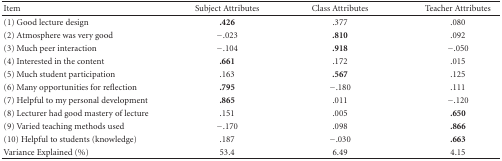
<table><thead><tr><td><b>Item</b></td><td><b>Subject Attributes</b></td><td><b>Class Attributes</b></td><td><b>Teacher Attributes</b></td></tr></thead><tbody><tr><td>(1) Good lecture design</td><td><b>.426</b></td><td>.377</td><td>.080</td></tr><tr><td>(2) Atmosphere was very good</td><td>−.023</td><td><b>.810</b></td><td>.092</td></tr><tr><td>(3) Much peer interaction</td><td>−.104</td><td><b>.918</b></td><td>−.050</td></tr><tr><td>(4) Interested in the content</td><td><b>.661</b></td><td>.172</td><td>.015</td></tr><tr><td>(5) Much student participation</td><td>.163</td><td><b>.567</b></td><td>.125</td></tr><tr><td>(6) Many opportunities for reflection</td><td><b>.795</b></td><td>−.180</td><td>.111</td></tr><tr><td>(7) Helpful to my personal development</td><td><b>.865</b></td><td>.011</td><td>−.120</td></tr><tr><td>(8) Lecturer had good mastery of lecture</td><td>.151</td><td>.005</td><td><b>.650</b></td></tr><tr><td>(9) Varied teaching methods used</td><td>−.170</td><td>.098</td><td><b>.866</b></td></tr><tr><td>(10) Helpful to students (knowledge)</td><td>.187</td><td>−.030</td><td><b>.663</b></td></tr><tr><td>Variance Explained (%)</td><td>53.4</td><td>6.49</td><td>4.15</td></tr></tbody></table>